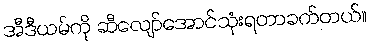
အီဒီယမ်ကို ဆီလျော်အောင်သုံးရတာခက်တယ်။